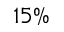
1 5 \%